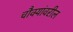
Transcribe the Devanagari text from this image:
चौक्यांवरील